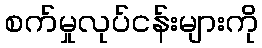
စက်မှုလုပ်ငန်းများကို